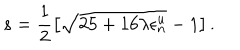
s = \frac { 1 } { 2 } \left[ \sqrt { 2 5 + 1 6 \lambda \epsilon _ { n } ^ { u } } - 1 \right] .